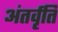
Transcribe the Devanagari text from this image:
अंतर्वृति